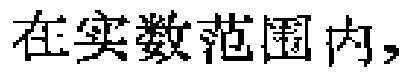
在实数范围内，